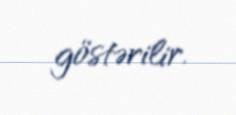
göstərilir.